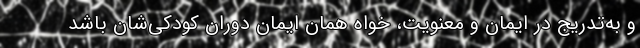
و به‌تدریج در ایمان و معنویت، خواه همان ایمان دوران کودکی‌شان باشد